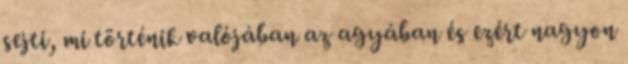
sejti, mi történik valójában az agyában és ezért nagyon